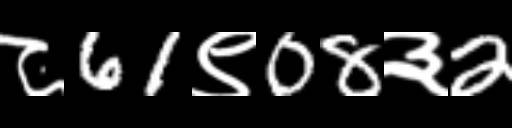
Text: ८61९08३2